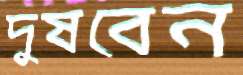
দুষবেন